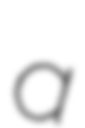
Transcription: a